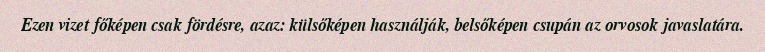
Ezen vizet főképen csak fördésre, azaz: külsőképen használják, belsőképen csupán az orvosok javaslatára.